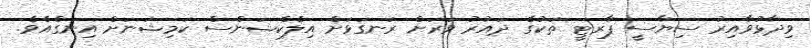
ވިދާޅުވާއިރު ސިޔާސީ ޕާރޓީ ތަކުގެ ދައުރު ވަރަށް ރަނގަޅަށް އިލެކްޝަންސް ކަމިޝަނަށް އިނގެއެވެ.